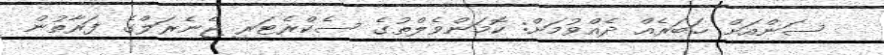
ސަންއަށް ޚަބަރެއް ދެއްވުމަށް: ކޮމަންވެލްތުގެ ސެކްރެޓަރީ ޖެނެރަލްގެ ފަރާތުން